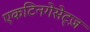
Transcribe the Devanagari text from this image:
एकटिनगेसेट्ज़